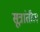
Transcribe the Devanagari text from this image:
सूत्रांतील